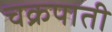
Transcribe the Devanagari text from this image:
चक्रपाती